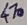
Text: 470